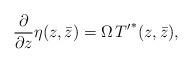
LaTeX: \begin{align*}\frac{\partial}{\partial z} \eta({z, \bar{z}})= \Omega \, {T^\prime}^*({z, \bar{z}}),\end{align*}